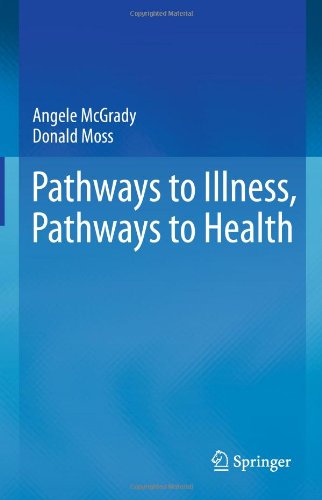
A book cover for Pathways to Illness, Pathways to Health; Angele McGrady; Self-Help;